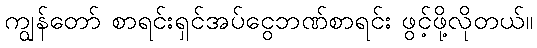
ကျွန်တော် စာရင်းရှင်အပ်ငွေဘဏ်စာရင်း ဖွင့်ဖို့လိုတယ်။